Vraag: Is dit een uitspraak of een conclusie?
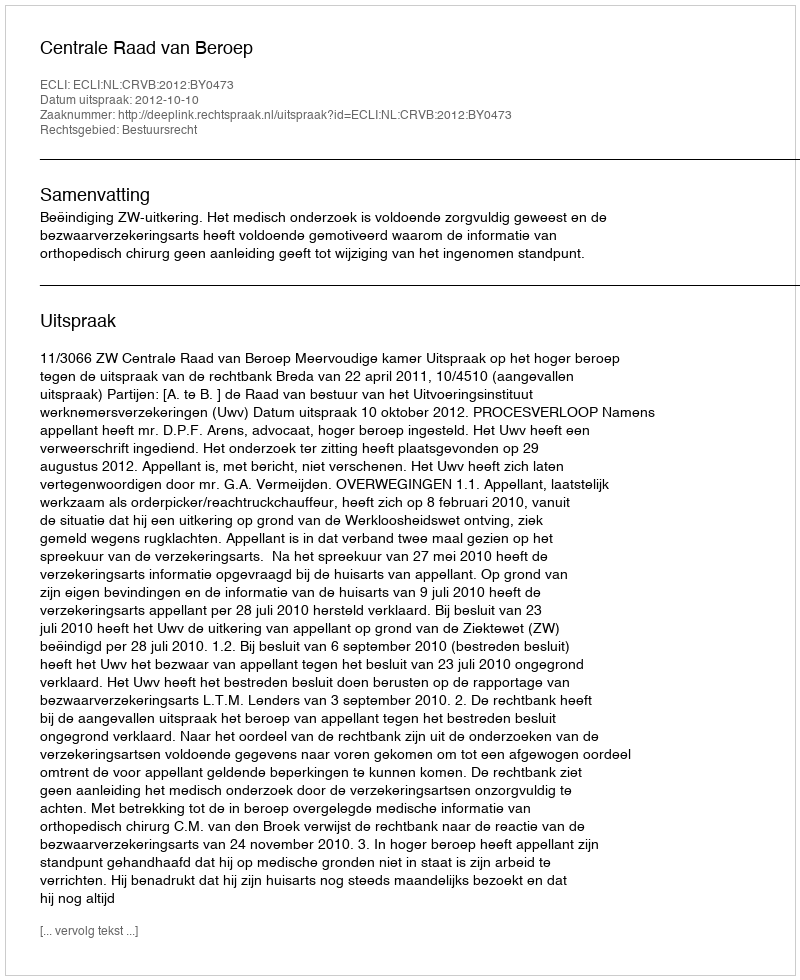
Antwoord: Uitspraak